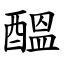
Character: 醞